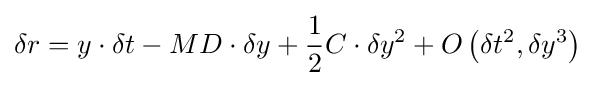
\delta r=y\cdot \delta t-MD\cdot \delta y+{\frac {1}{2}}C\cdot \delta y^{2}+O\left({\delta t^{2},\delta y^{3}}\right)